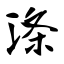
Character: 涤